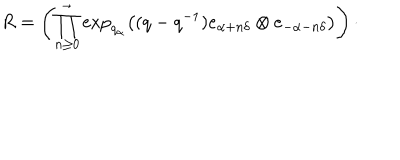
LaTeX: R = \left( \prod _ { n \geq 0 } ^ { \rightarrow } \exp _ { q _ { \alpha } } \left( ( q - q ^ { - 1 } ) e _ { \alpha + n \delta } \otimes e _ { - \alpha - n \delta } \right) \right) \cdot